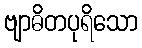
ဗျာဓိတပုရိသော